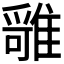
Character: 𩀓